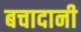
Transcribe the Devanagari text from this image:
बचादानी